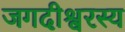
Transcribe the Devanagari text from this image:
जगदीश्वरस्य